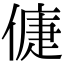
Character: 𠌿